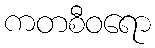
ကတစီဝရော